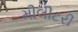
મીલીટરી